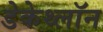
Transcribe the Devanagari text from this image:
डेकेथ्लॉन